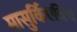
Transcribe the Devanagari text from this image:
मासुर्किएविच